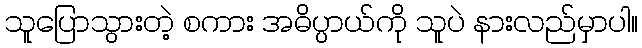
သူပြောသွားတဲ့ စကား အဓိပ္ပာယ်ကို သူပဲ နားလည်မှာပါ။